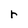
Character: r